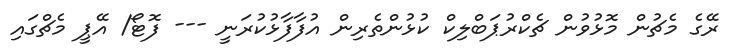
ރޭގެ މެޗުން މޮޅުވުން ޗެކްރުޕަބްލިކް ކުޅުންތެރިން އުފާފާޅުކުރަނީ --- ފޮޓޯ/ އޭޕީ މެޗްގައި